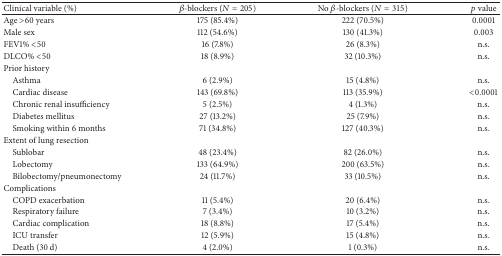
<table><thead><tr><td><b>Clinical variable (%)</b></td><td><b><i>β</i>-blockers (<i>N</i> = 205)</b></td><td><b>No <i>β</i>-blockers (<i>N</i> = 315)</b></td><td><b><i>p</i> value</b></td></tr></thead><tbody><tr><td>Age &gt;60 years</td><td>175 (85.4%)</td><td>222 (70.5%)</td><td>0.0001</td></tr><tr><td>Male sex</td><td>112 (54.6%)</td><td>130 (41.3%)</td><td>0.003</td></tr><tr><td>FEV1% &lt;50</td><td>16 (7.8%)</td><td>26 (8.3%)</td><td>n.s.</td></tr><tr><td>DLCO% &lt;50</td><td>18 (8.9%)</td><td>32 (10.3%)</td><td>n.s.</td></tr><tr><td>Prior history</td><td> </td><td> </td><td> </td></tr><tr><td> Asthma</td><td>6 (2.9%)</td><td>15 (4.8%)</td><td>n.s.</td></tr><tr><td> Cardiac disease</td><td>143 (69.8%)</td><td>113 (35.9%)</td><td>&lt;0.0001</td></tr><tr><td> Chronic renal insufficiency</td><td>5 (2.5%)</td><td>4 (1.3%)</td><td>n.s.</td></tr><tr><td> Diabetes mellitus</td><td>27 (13.2%)</td><td>25 (7.9%)</td><td>n.s.</td></tr><tr><td> Smoking within 6 months</td><td>71 (34.8%)</td><td>127 (40.3%)</td><td>n.s.</td></tr><tr><td>Extent of lung resection</td><td> </td><td> </td><td> </td></tr><tr><td> Sublobar</td><td>48 (23.4%)</td><td>82 (26.0%)</td><td>n.s.</td></tr><tr><td> Lobectomy</td><td>133 (64.9%)</td><td>200 (63.5%)</td><td>n.s.</td></tr><tr><td> Bilobectomy/pneumonectomy</td><td>24 (11.7%)</td><td>33 (10.5%)</td><td>n.s.</td></tr><tr><td>Complications</td><td> </td><td> </td><td> </td></tr><tr><td> COPD exacerbation</td><td>11 (5.4%)</td><td>20 (6.4%)</td><td>n.s.</td></tr><tr><td> Respiratory failure</td><td>7 (3.4%)</td><td>10 (3.2%)</td><td>n.s.</td></tr><tr><td> Cardiac complication</td><td>18 (8.8%)</td><td>17 (5.4%)</td><td>n.s.</td></tr><tr><td> ICU transfer</td><td>12 (5.9%)</td><td>15 (4.8%)</td><td>n.s.</td></tr><tr><td> Death (30 d)</td><td>4 (2.0%)</td><td>1 (0.3%)</td><td>n.s.</td></tr></tbody></table>